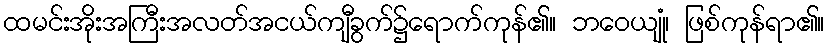
ထမင်းအိုးအကြီးအလတ်အငယ်ကျီခွက်၌ရောက်ကုန်၏။ ဘဝေယျုံ၊ ဖြစ်ကုန်ရာ၏။